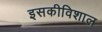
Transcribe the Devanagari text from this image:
इसकीविशाल